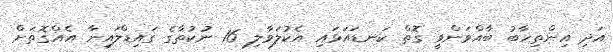
އަދި އިންތިހާބު ބާއްވަންވީ ގޮތް ކަނޑައަޅައި އެކުލަވާލި 16 ނުކުތާގެ ގައިޑްލައިނާ އެއްގޮތަށް